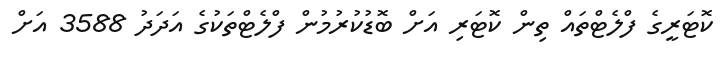
ކޮޓަރީގެ ފްލެޓްތައް ތިން ކޮޓަރި އަށް ބޮޑުކުރުމުން ފްލެޓްތަކުގެ އަދަދު 3588 އަަށް